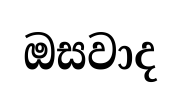
ඔසවාද